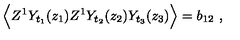
\Big \langle Z ^ { 1 } Y _ { t _ { 1 } } ( z _ { 1 } ) Z ^ { 1 } Y _ { t _ { 2 } } ( z _ { 2 } ) Y _ { t _ { 3 } } ( z _ { 3 } ) \Big \rangle = b _ { 1 2 } \ ,